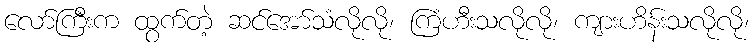
လော်ကြီးက ထွက်တဲ့ ဆင်အော်သံလိုလို၊ ကြံဟီးသလိုလို၊ ကျားဟိန်းသလိုလို၊